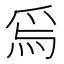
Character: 𱫃